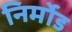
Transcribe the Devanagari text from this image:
निर्मोड